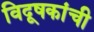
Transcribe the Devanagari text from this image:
विदूषकांची